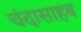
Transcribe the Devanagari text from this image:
चंदासाहब